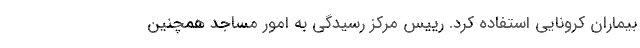
بیماران کرونایی استفاده کرد. رییس مرکز رسیدگی به امور مساجد همچنین